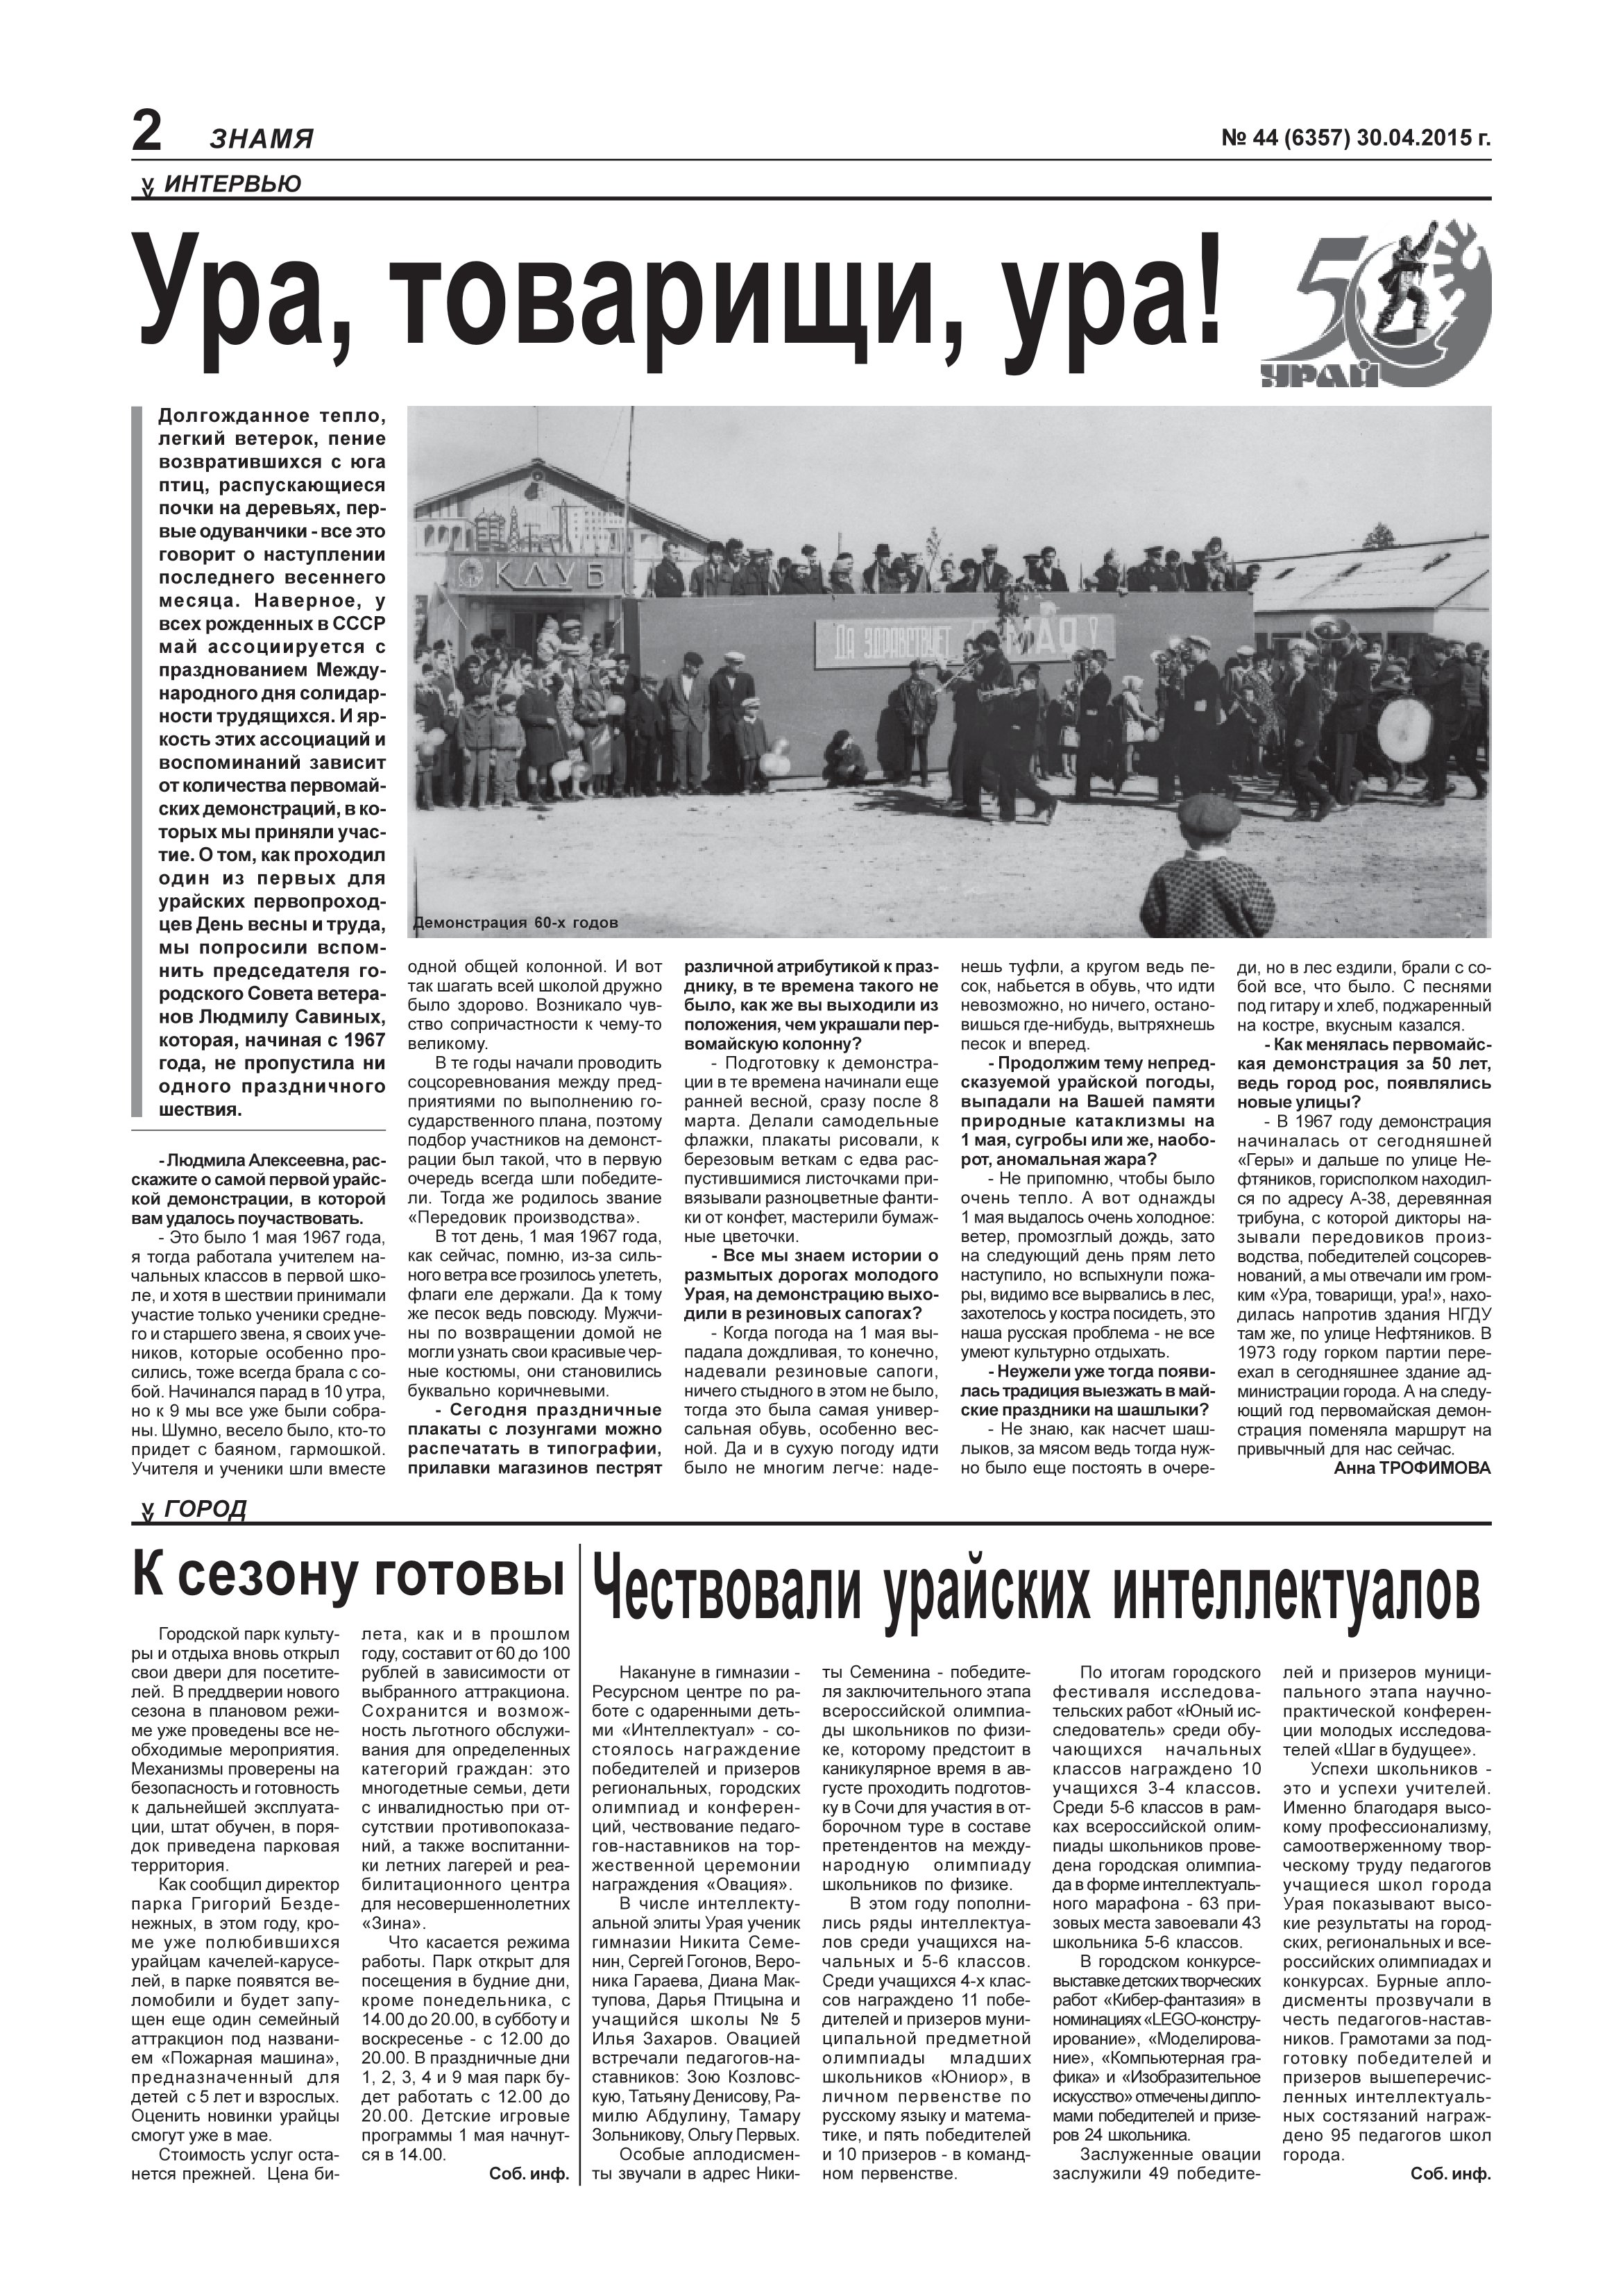
Language: ru